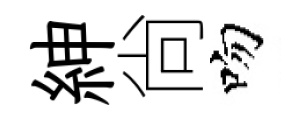
紳尙吻